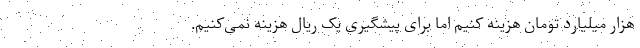
هزار میلیارد تومان هزینه کنیم اما برای پیشگیری یک ریال هزینه نمی‌کنیم.